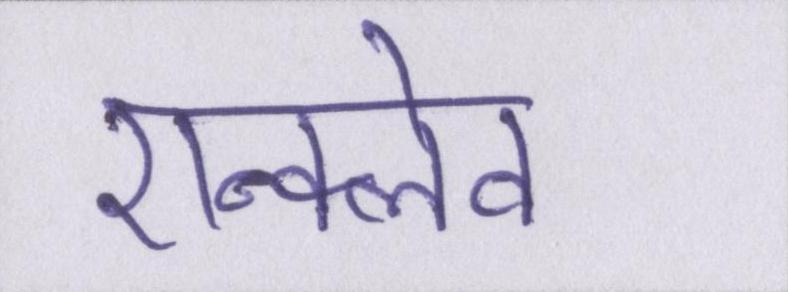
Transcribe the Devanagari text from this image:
एन्क्लेव